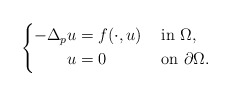
\begin{align*}\left\{\begin{aligned} -\Delta_p u &= f(\cdot,u) && \mbox{ in } \Omega, \\ u &= 0 && \mbox{ on } \partial\Omega.\end{aligned}\right.\end{align*}